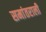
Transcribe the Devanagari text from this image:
समांतराली